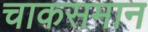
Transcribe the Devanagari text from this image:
चाकसमान